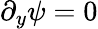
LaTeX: \partial_{y}\psi=0